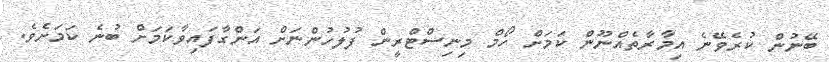
ބޭނުން ކުރެވޭނެ އިމާރާތެއްނޫން ކަމަށް ހޯމް މިނިސްޓްރީން ފުލުހުންނަށް އަންގާފައިވާކަމަށް ބުނެ ކަމަށެވެ.